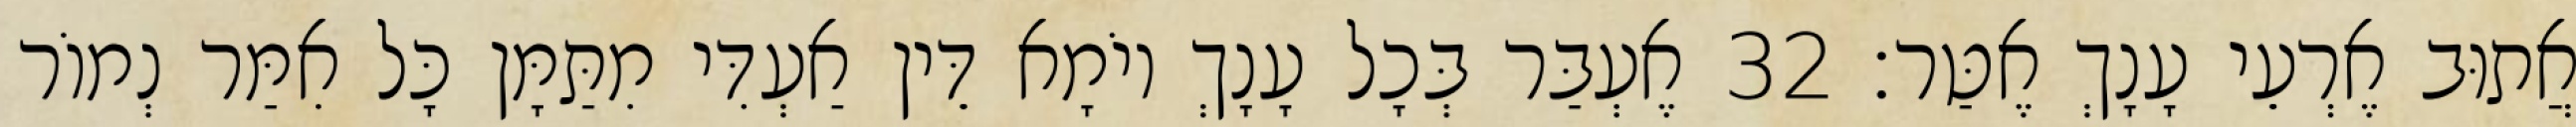
אֲתוּב אֶרְעֵי עָנָךְ אֶטַּר׃ 32 אֶעְבַּר בְּכָל עָנָךְ יוֹמָא דֵּין אַעְדִּי מִתַּמָּן כָּל אִמַּר נְמוֹר